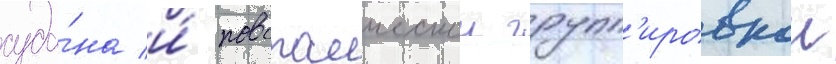
суда́на и́ повстанческои групп'ировкои